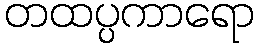
တထပ္ပကာရော